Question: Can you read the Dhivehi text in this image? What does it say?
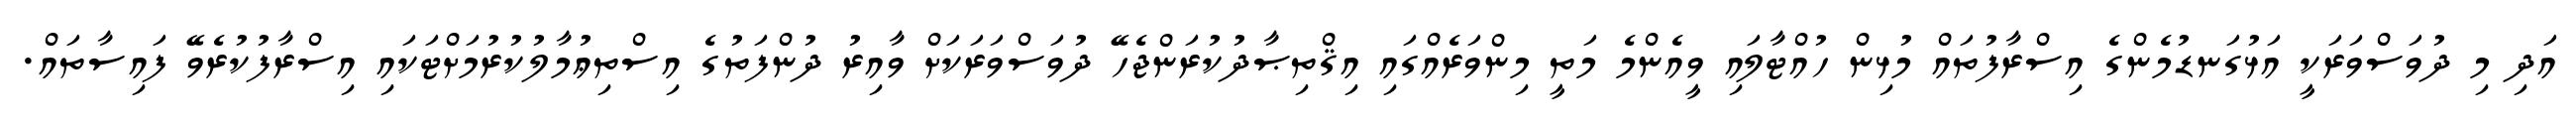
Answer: އަދި މި ދުވަސްވަރަކީ އަޅުގަނޑުމެންގެ އިސްރާފުތައް މުޅިން ހުއްޓާލައި ވީއެންމެ މަތީ މިންވަރެއްގައި އިޤްތިޞާދުކުރަންޖެހޭ ދުވަސްވަރަކަށް ވާއިރު ދުންފަތުގެ އިސްތިޢުމާލުކުރުމަށްޓަކައި އިސްރާފުކުރެވޭ ފައިސާތައް.